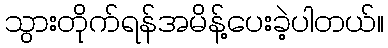
သွားတိုက်ရန်အမိန့်ပေးခဲ့ပါတယ်။